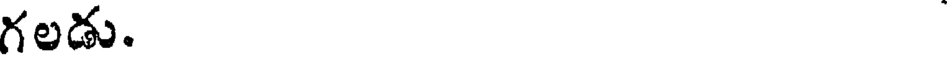
గలడు.